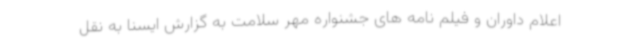
اعلام داوران و فیلم نامه های جشنواره مهر سلامت به گزارش ایسنا به نقل